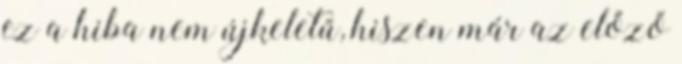
ez a hiba nem újkeletű, hiszen már az előző